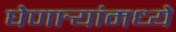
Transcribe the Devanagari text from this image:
घेणार्‍यांमध्ये